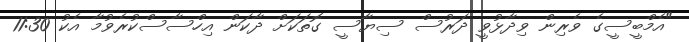
"އެމްބީސީގެ ވެރިން ވިދާޅުވީ ދަރުސް ސިޔާސީ ގޮތަކަށް ދާކަން އިހްސާސްކުރެވުމާ އެކު 11:30